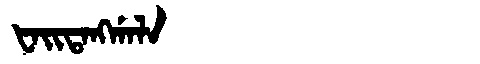
Manchu: ᡶᠠᡳᡨᠠᠩᡤᠠᠯᠠ
Romanization: FAITANGGALA